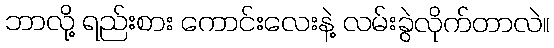
ဘာလို့ ရည်းစား ကောင်းလေးနဲ့ လမ်းခွဲလိုက်တာလဲ။